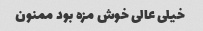
خیلی عالی خوش مزه بود ممنون